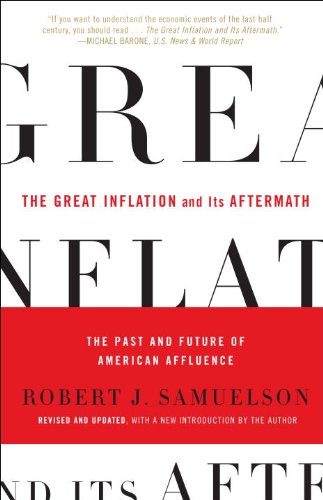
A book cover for The Great Inflation and Its Aftermath: The Past and Future of American Affluence; Robert J. Samuelson; Business & Money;